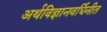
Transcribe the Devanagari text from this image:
अर्थविज्ञानवर्धिनीत